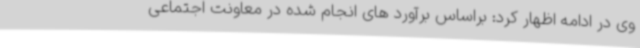
وی در ادامه اظهار کرد: براساس برآورد های انجام شده در معاونت اجتماعی